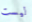
ليست